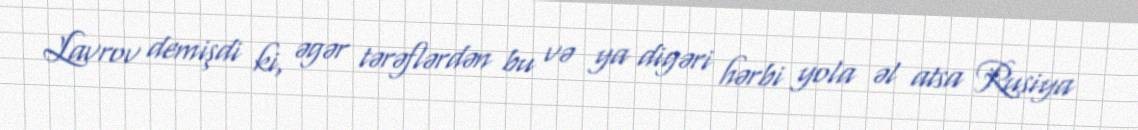
Lavrov demişdi ki, əgər tərəflərdən bu və ya digəri hərbi yola əl atsa Rusiya